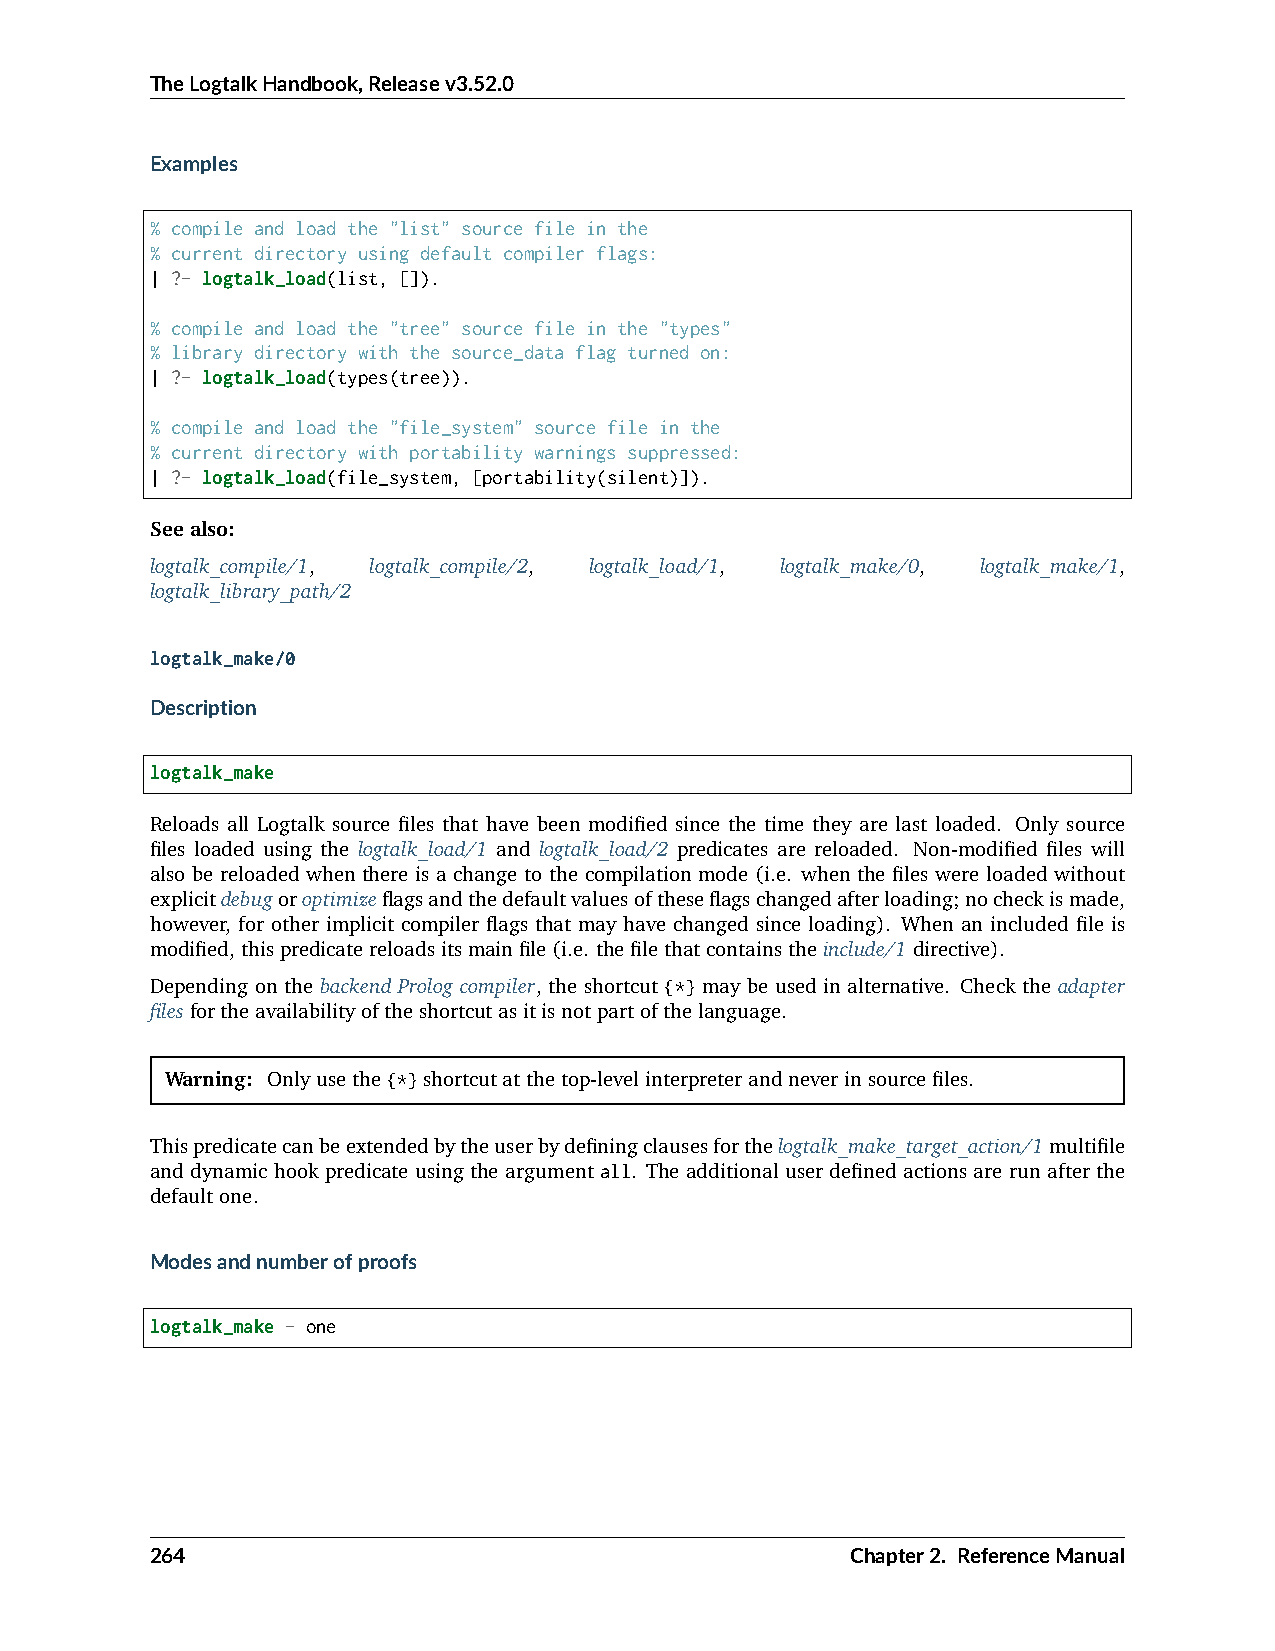
TheLogtalkHandbook,Releasev3.52.0
 Examples
 % compile and load the "list" source file in the
 % current directory using default compiler flags:
 | ?- logtalk_load(list, []).
 % compile and load the "tree" source file in the "types"
 % library directory with the source_data flag turned on:
 | ?- logtalk_load(types(tree)).
 % compile and load the "file_system" source file in the
 % current directory with portability warnings suppressed:
 | ?- logtalk_load(file_system, [portability(silent)]).
 Seealso:
 logtalk_compile/1, logtalk_compile/2, logtalk_load/1, logtalk_make/0, logtalk_make/1,
 logtalk_library_path/2
 logtalk_make/0
 Description
 logtalk_make
 Reloads all Logtalk source files that have been modified since the time they are last loaded. Only source
 files loaded using the logtalk_load/1 and logtalk_load/2 predicates are reloaded. Non-modified files will
 also be reloaded when there is a change to the compilation mode (i.e. when the files were loaded without
 explicitdebugoroptimizeflagsandthedefaultvaluesoftheseflagschangedafterloading;nocheckismade,
 however, for other implicit compiler flags that may have changed since loading). When an included file is
 modified,thispredicatereloadsitsmainfile(i.e. thefilethatcontainstheinclude/1directive).
 Depending on the backend Prolog compiler, the shortcut {*} may be used in alternative. Check the adapter
 filesfortheavailabilityoftheshortcutasitisnotpartofthelanguage.
 Warning: Onlyusethe{*}shortcutatthetop-levelinterpreterandneverinsourcefiles.
 Thispredicatecanbeextendedbytheuserbydefiningclausesforthelogtalk_make_target_action/1multifile
 and dynamic hook predicate using the argument all. The additional user defined actions are run after the
 defaultone.
 Modesandnumberofproofs
 logtalk_make - one
 264                                           Chapter2. ReferenceManual